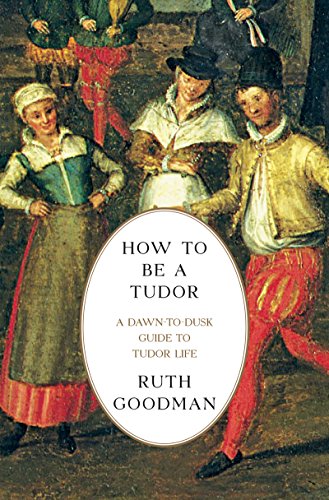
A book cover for How To Be a Tudor: A Dawn-to-Dusk Guide to Tudor Life; Ruth Goodman; History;